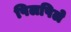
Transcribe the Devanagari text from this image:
पिलपिले